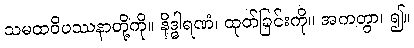
သမထဝိပဿနာတို့ကို။ နိဒ္ဓါရဏံ၊ ထုတ်ခြင်းကို။ အကတွာ၊ ၍။